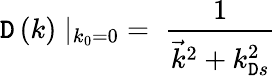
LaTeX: \mathtt{D}\left(k\right)\mid_{k_{0}=0}\; =\; {\frac{{1}}{{{\vec{{k}}}^{2}+k_{\mathtt{D}s}^{2}}}}